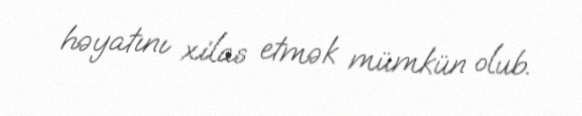
həyatını xilas etmək mümkün olub.